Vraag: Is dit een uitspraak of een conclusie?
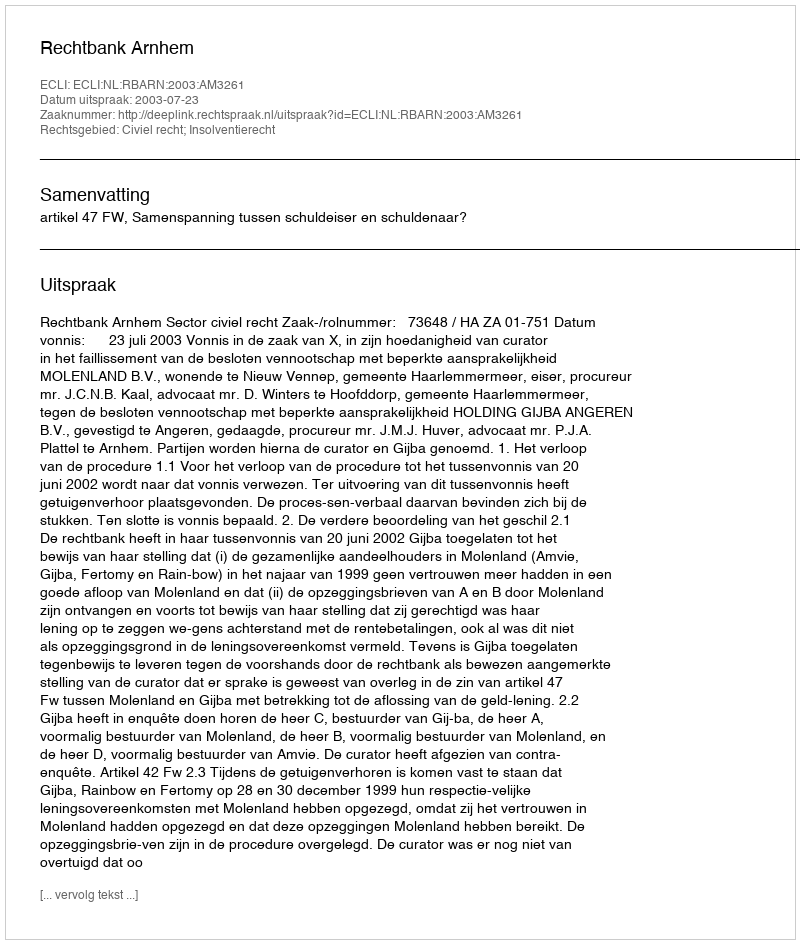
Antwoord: Uitspraak